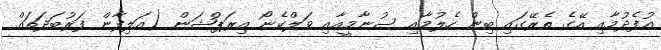
އުފެދުމާއި އޭގެ ތެރޭގައި ބިން ހެލުމާއި ސުނާމީއާއި ވަލްކެނޯ އިރަޕްޝަން (އަލިފާން ފަރުބަދަތައް